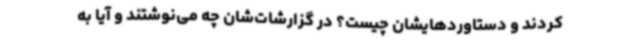
‌کردند و دستاوردهایشان چیست؟ در گزارشات‌شان چه می‌نوشتند و آیا به